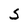
Character: S